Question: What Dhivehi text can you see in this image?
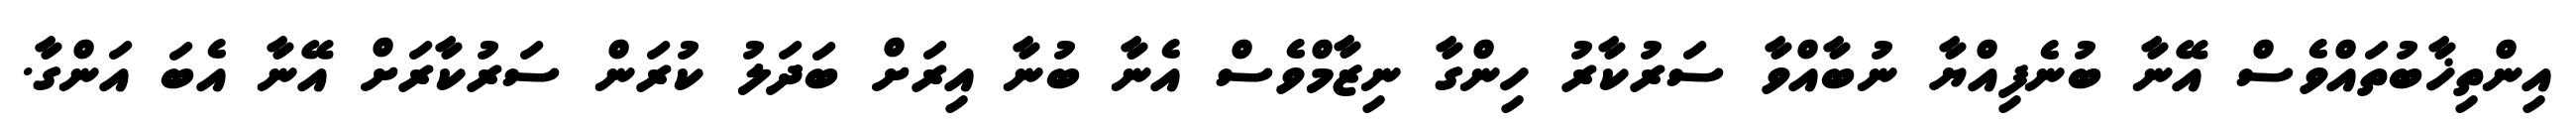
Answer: އިންތިޚާބުތައްވެސް އޭނާ ބުނެފިއްޔާ ނުބާއްވާ ސަރުކާރު ހިންގާ ނިޒާމްވެސް އެނާ ބުނާ އިރަށް ބަދަލު ކުރަން ސަރުކާރަށް އޭނާ އެބަ އަންގާ.